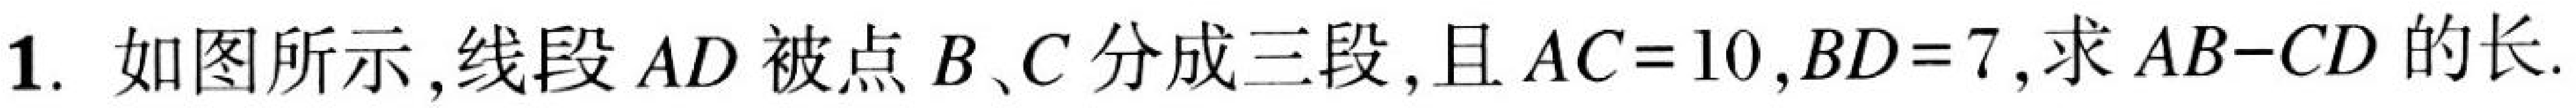
1. 如图所示，线段 \(AD\) 被点 \(B、C\) 分成三段，且 \(AC = 10\)，\(BD = 7\)，求 \(AB - CD\) 的长.